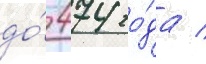
до́ 474 го́да /